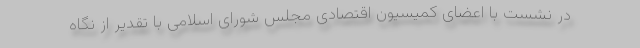
در نشست با اعضای کمیسیون اقتصادی مجلس شورای اسلامی با تقدیر از نگاه